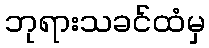
ဘုရားသခင်ထံမှ